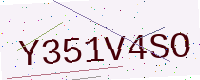
Text: Y351V4SO